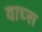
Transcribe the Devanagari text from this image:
वाघ्स